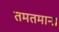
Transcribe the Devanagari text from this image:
तमतमाना